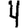
Digit: 4